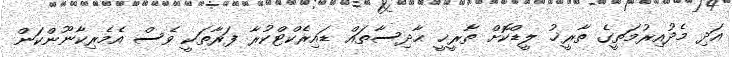
އަދި މެދުއިރުމަތީގެ ތާރީޚު ލީޑްކޮށް ތާރީޚީ ޙާދިސާތައް ޑައިރެކްޓްކުރާ ފަރާތަކީ ވެސް އެމެރިކާނޫންކަން